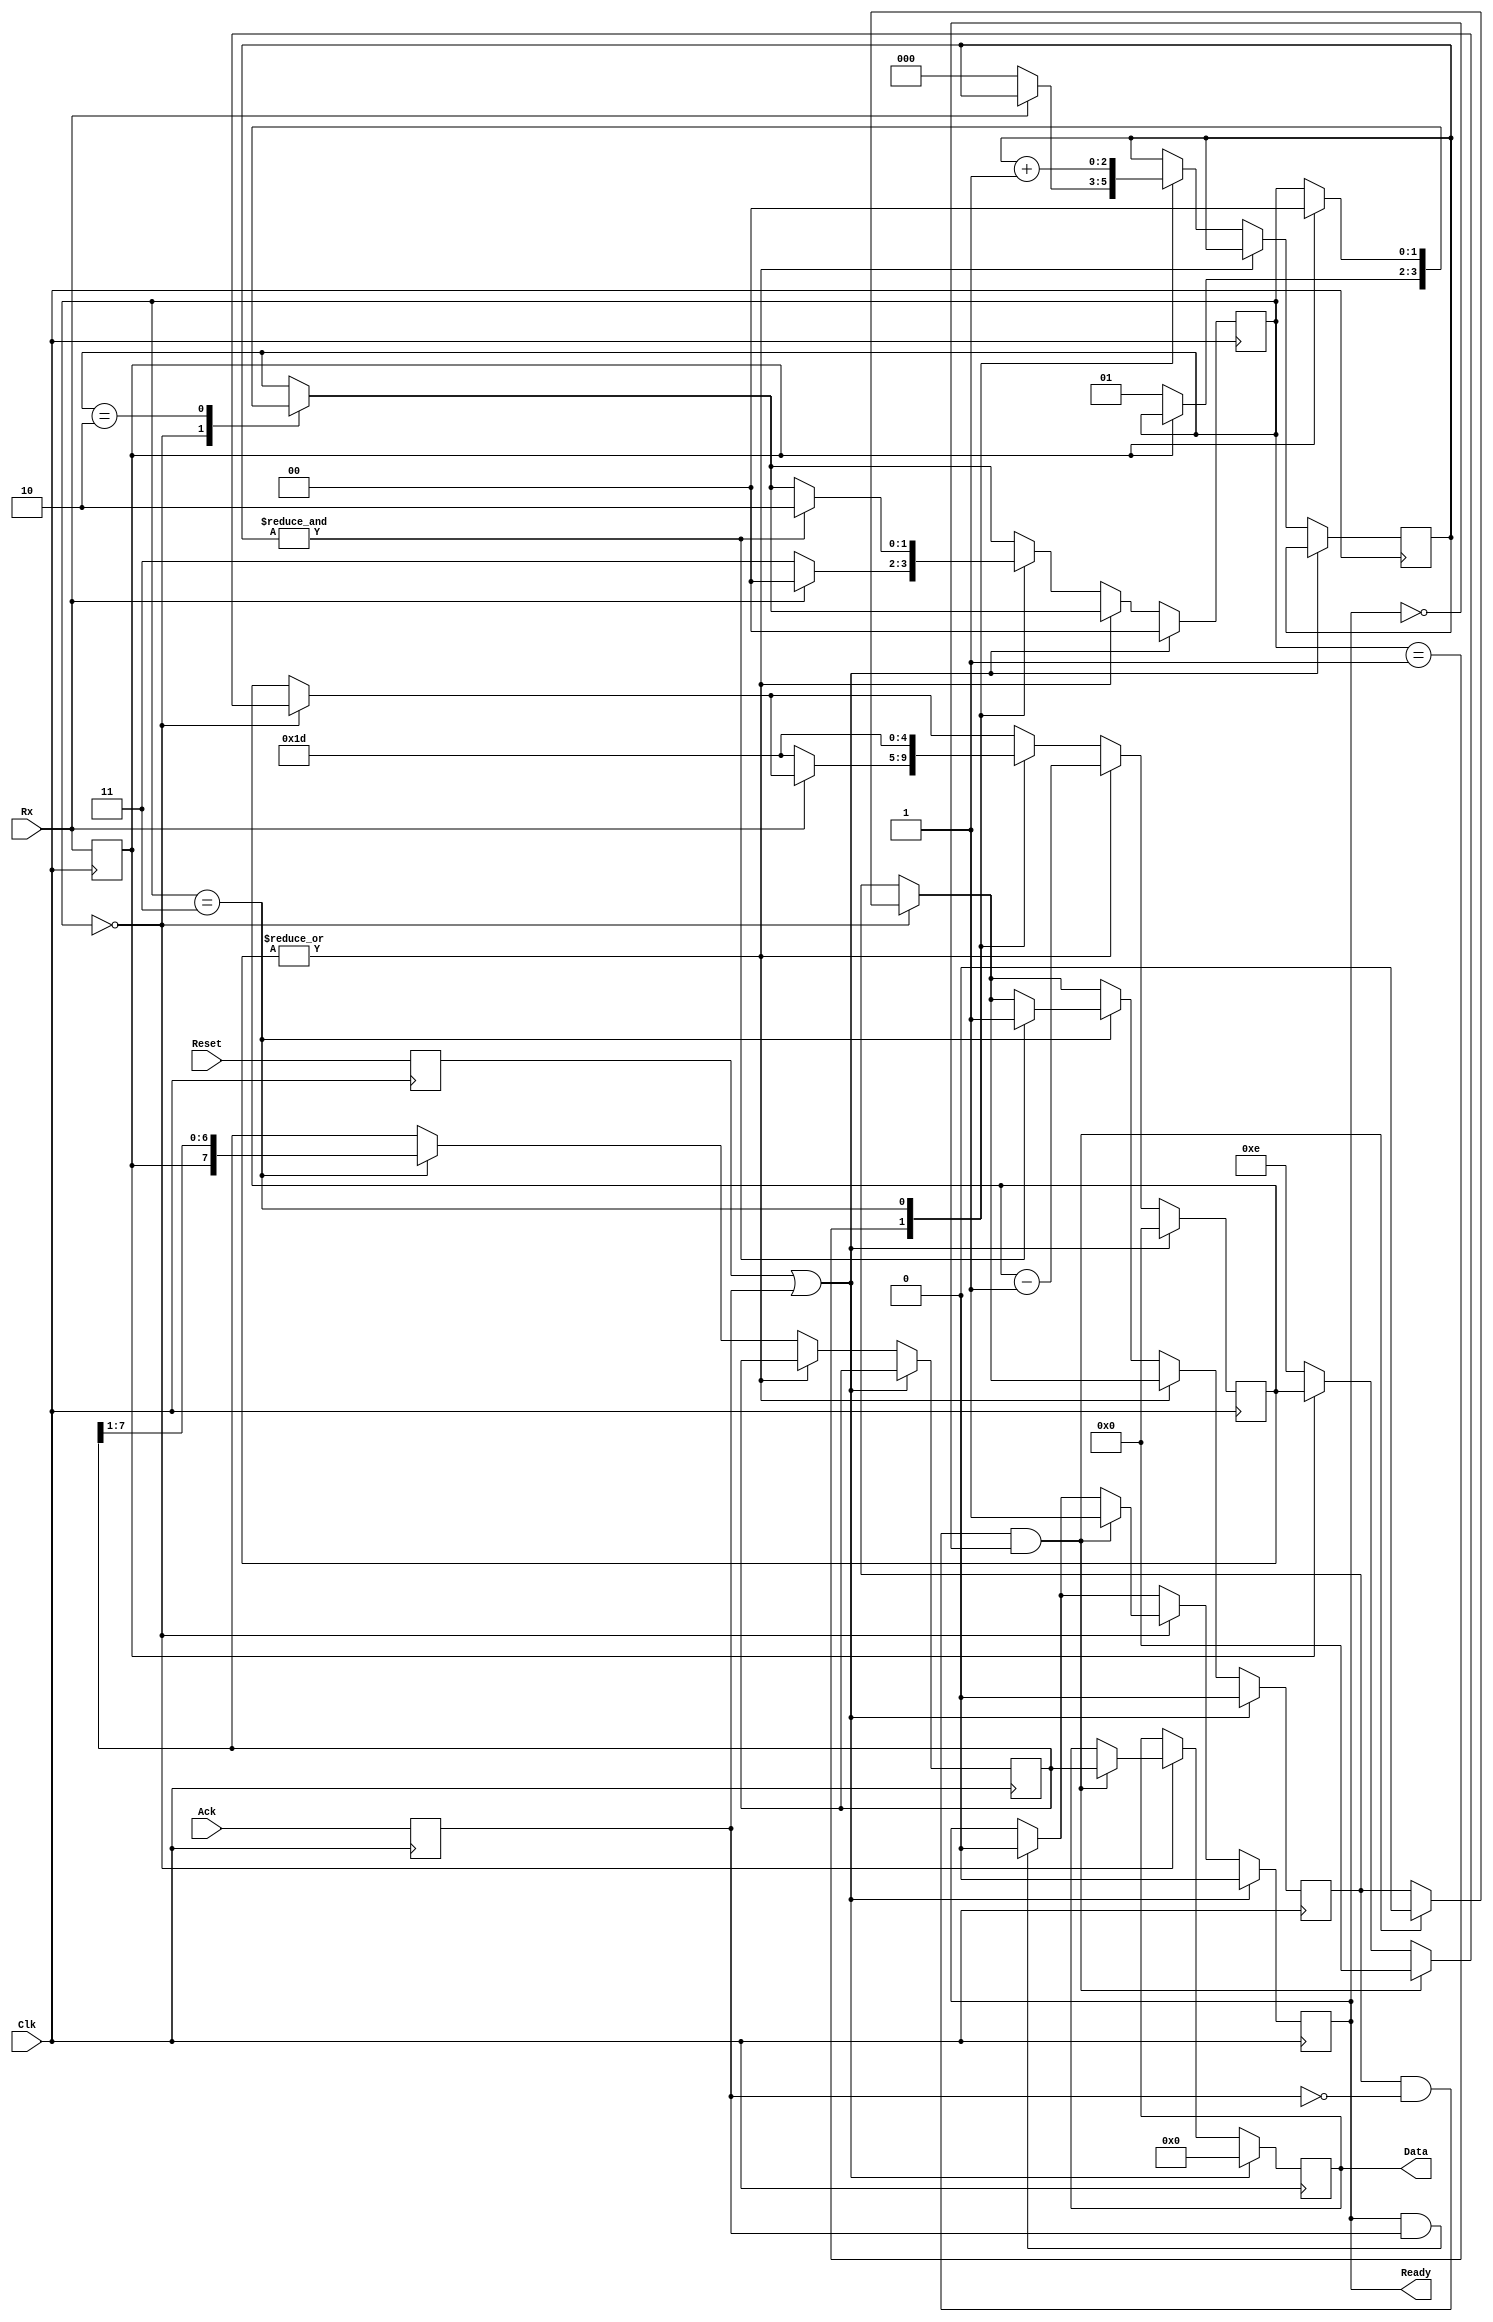
module UART_Receiver #(
	parameter N    = 5,
	parameter Full = 5'd29 
)(
	input Clk,
	input Reset,
	output reg [7:0]Data,
	output reg      Ready,	
	input           Ack,
	input 			 Rx
);
reg        tRx;
reg        tAck;
reg [  7:0]Temp;
reg [N-1:0]Count;
reg [  2:0]BitCount;
reg        NewData;
reg   [1:0]State;
localparam Idle      = 2'b00;
localparam StartBit  = 2'b01;
localparam Receiving = 2'b11;
localparam Done      = 2'b10;
reg tReset;
always @(posedge Clk) begin
	tRx    <= Rx;
	tAck   <= Ack;
	tReset <= Reset;
	if(tReset | tAck) begin
		Data    <= 0;
		Ready   <= 0;
		NewData <= 0;
		Count   <= 0;
		State   <= Idle;
	end else begin
		if(Ready & tAck) Ready <= 1'b0;	
		case(State)
			Idle: begin
				if(~tRx) begin
					Count <= {1'b0, Full[N-1:1]};
					State <= StartBit;	
				end
				if(NewData & ~tAck && ~Ready) begin 
					Data    <= Temp;
					Ready   <= 1'b1;	
					NewData <= 1'b0;
					Count   <= 1'b0;
				end
			end
			Done: begin
				if(tRx) State <= Idle;
			end
			default:;
		endcase
		if(~|Count) begin
			case(State)
				StartBit: begin
					if(Rx) begin
						State <= Idle;
					end else begin
						BitCount <= 0;
						Count    <= Full;
						State    <= Receiving;
					end
				end
				Receiving: begin
					Temp  <= {tRx, Temp[7:1]};
					Count <= Full;
					if(&BitCount) begin
						NewData <= 1'b1;
						State   <= Done;
					end
					BitCount <= BitCount + 1'b1;
				end
				default:;
			endcase
		end else begin
			Count <= Count - 1'b1;
		end
	end
end
endmodule